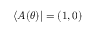
\langle A ( \theta ) | = ( 1 , 0 )